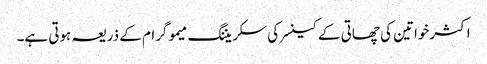
اکثرخواتین کی چھاتی کے کینسرکی سکریننگ میموگرام کے ذریعہ ہوتی ہے۔